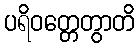
ပရိဝတ္တေတွာတိ